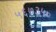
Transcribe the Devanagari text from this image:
५६७३५०